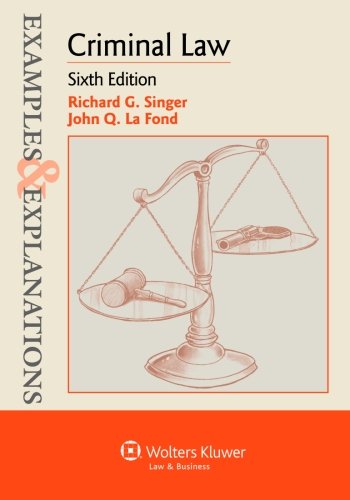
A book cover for Examples & Explanations: Criminal Law, Sixth Edition; Richard G. Singer; Law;